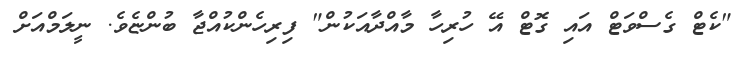
"ކެޓް ގެސްވަޓް އައި ގޮޓް އޭ ހުރިހާ މާއްދާއަކުން" ފިރިހެންކުއްޖާ ބުންޏެވެ. ނީލަމްއަށް